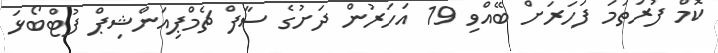
ކޮމް ފުރަތަމަ ފަހަރަށް ބޭއްވި 19 އަހަރުން ދަށުގެ ސާފް ޗެމްޕިއަންޝިޕް ފުޓްބޯޅަ